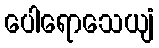
ပေါရောသေယျံ